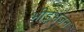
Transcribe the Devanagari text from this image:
भीड़भंजन